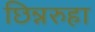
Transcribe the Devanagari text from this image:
छिन्नरुहा